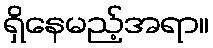
ရှိနေမည့်အရာ။